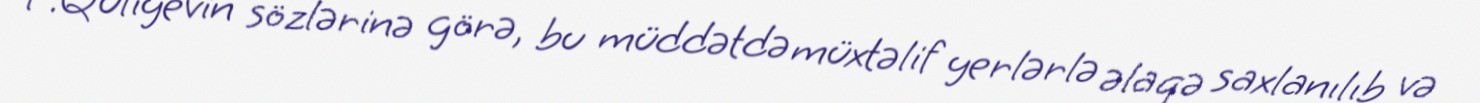
F.Quliyevin sözlərinə görə, bu müddətdə müxtəlif yerlərlə əlaqə saxlanılıb və